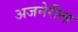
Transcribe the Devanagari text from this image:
अजनेरीला